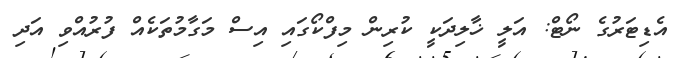
އެޑިޓަރުގެ ނޯޓް: އަލީ ޚާލިދަކީ ކުރިން މިފްކޯގައި އިސް މަގާމުތަކެއް ފުރުއްވި އަދި